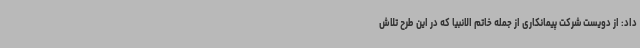
داد: از دویست شرکت پیمانکاری از جمله خاتم الانبیا که در این طرح تلاش